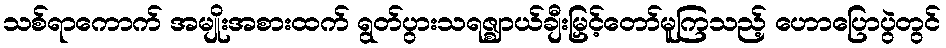
သစ်ရာကောက် အမျိုးအစားထက် ရွတ်ပွားသရဇ္ဈာယ်ချီးမြှင့်တော်မူကြသည့် ဟောပြောပွဲတွင်